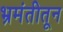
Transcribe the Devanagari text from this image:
भ्रमंतीतून